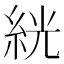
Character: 絖